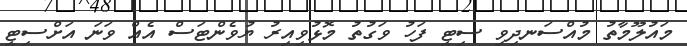
މައުލޫމާތު މުއްސަނދިވި ސިޓީ ފަހު ވަގުތު މޮޅުވިއިރު ޔުވެންޓަސް އެއް ވަނަ އަށްސިޓީ